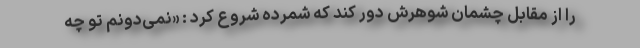
را از مقابل چشمان شوهرش دور کند که شمرده شروع کرد : «نمی‌دونم تو چه